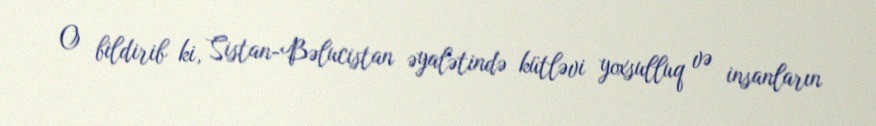
O bildirib ki, Sistan-Bəlucistan əyalətində kütləvi yoxsulluq və insanların